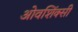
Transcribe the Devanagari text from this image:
ओवशिंक्सी